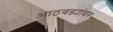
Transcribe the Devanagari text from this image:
आठवड्यांवर